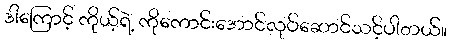
ဒါကြောင့် ကိုယ့်ရဲ့ ကိုကောင်းအောင်လုပ်ဆောင်သင့်ပါတယ်။